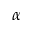
\alpha